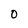
Character: 0